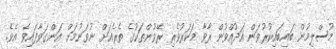
މުސްލިމުން ބައިބައިކުރުވަން އަދުއްވުން ރާވާ މަކަރުވެރި ރޭވުންތަކުގެ ތެރެއަށް ނުވަނުމަށް އަންގަވާފައިވެ އެވެ.